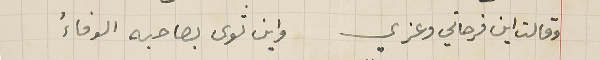
وقالت اين فرحاتي وعزي واين ثوى بصاحبه الوفاءُ